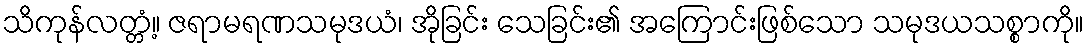
သိကုန်လတ္တံ့။ ဇရာမရဏသမုဒယံ၊ အိုခြင်း သေခြင်း၏ အကြောင်းဖြစ်သော သမုဒယသစ္စာကို။